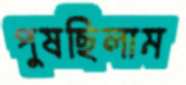
পুষছিলাম